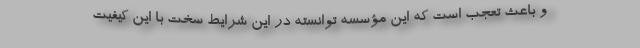
و باعث تعجب است که این مؤسسه توانسته در این شرایط سخت با این کیفیت